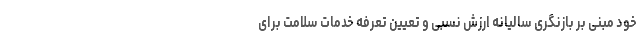
خود مبنی بر بازنگری سالیانه ارزش نسبی و تعیین تعرفه خدمات سلامت برای